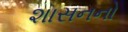
શાસનનો